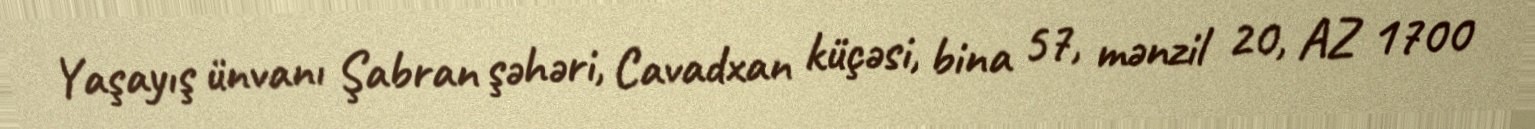
Yaşayış ünvanı Şabran şəhəri, Cavadxan küçəsi, bina 57, mənzil 20, AZ 1700